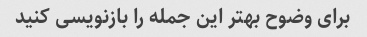
برای وضوح بهتر این جمله را بازنویسی کنید